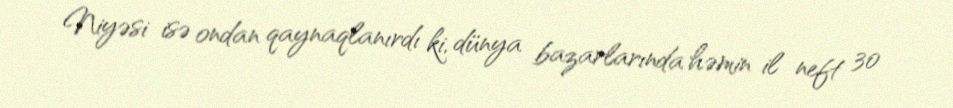
Niyəsi isə ondan qaynaqlanırdı ki, dünya bazarlarında həmin il neft 30